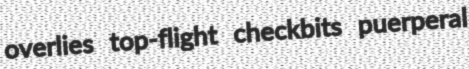
overlies top-flight checkbits puerperal